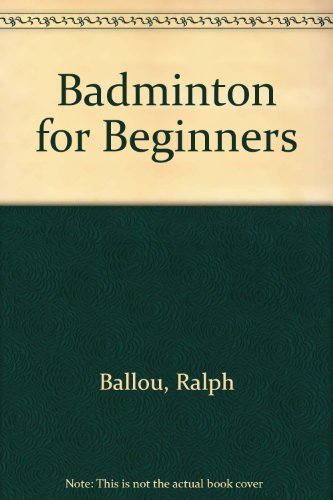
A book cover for Badminton for Beginners; Ballou; Sports & Outdoors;